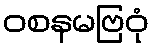
ဝစနမဗြဝုံ